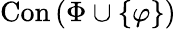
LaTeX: \operatorname{Con}\left(\Phi\cup\{ \varphi\} \right)